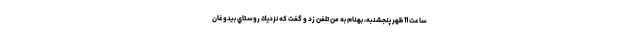
ساعت 11 ظهر پنجشنبه، بهنام به من تلفن زد و گفت كه نزديك روستاي بيدوغان